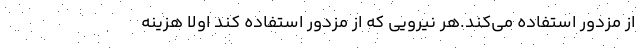
از مزدور استفاده مي‌كند.هر نيرويي كه از مزدور استفاده كند اولا هزينه